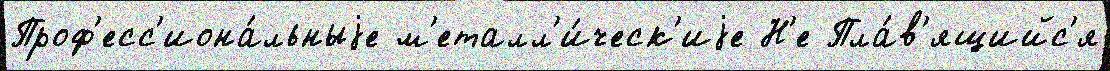
Проф'есс'иона́льныjе м'еталл'и́ческ'иjе Н'е Пла́в'ящийс'я